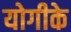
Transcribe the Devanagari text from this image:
योगीके